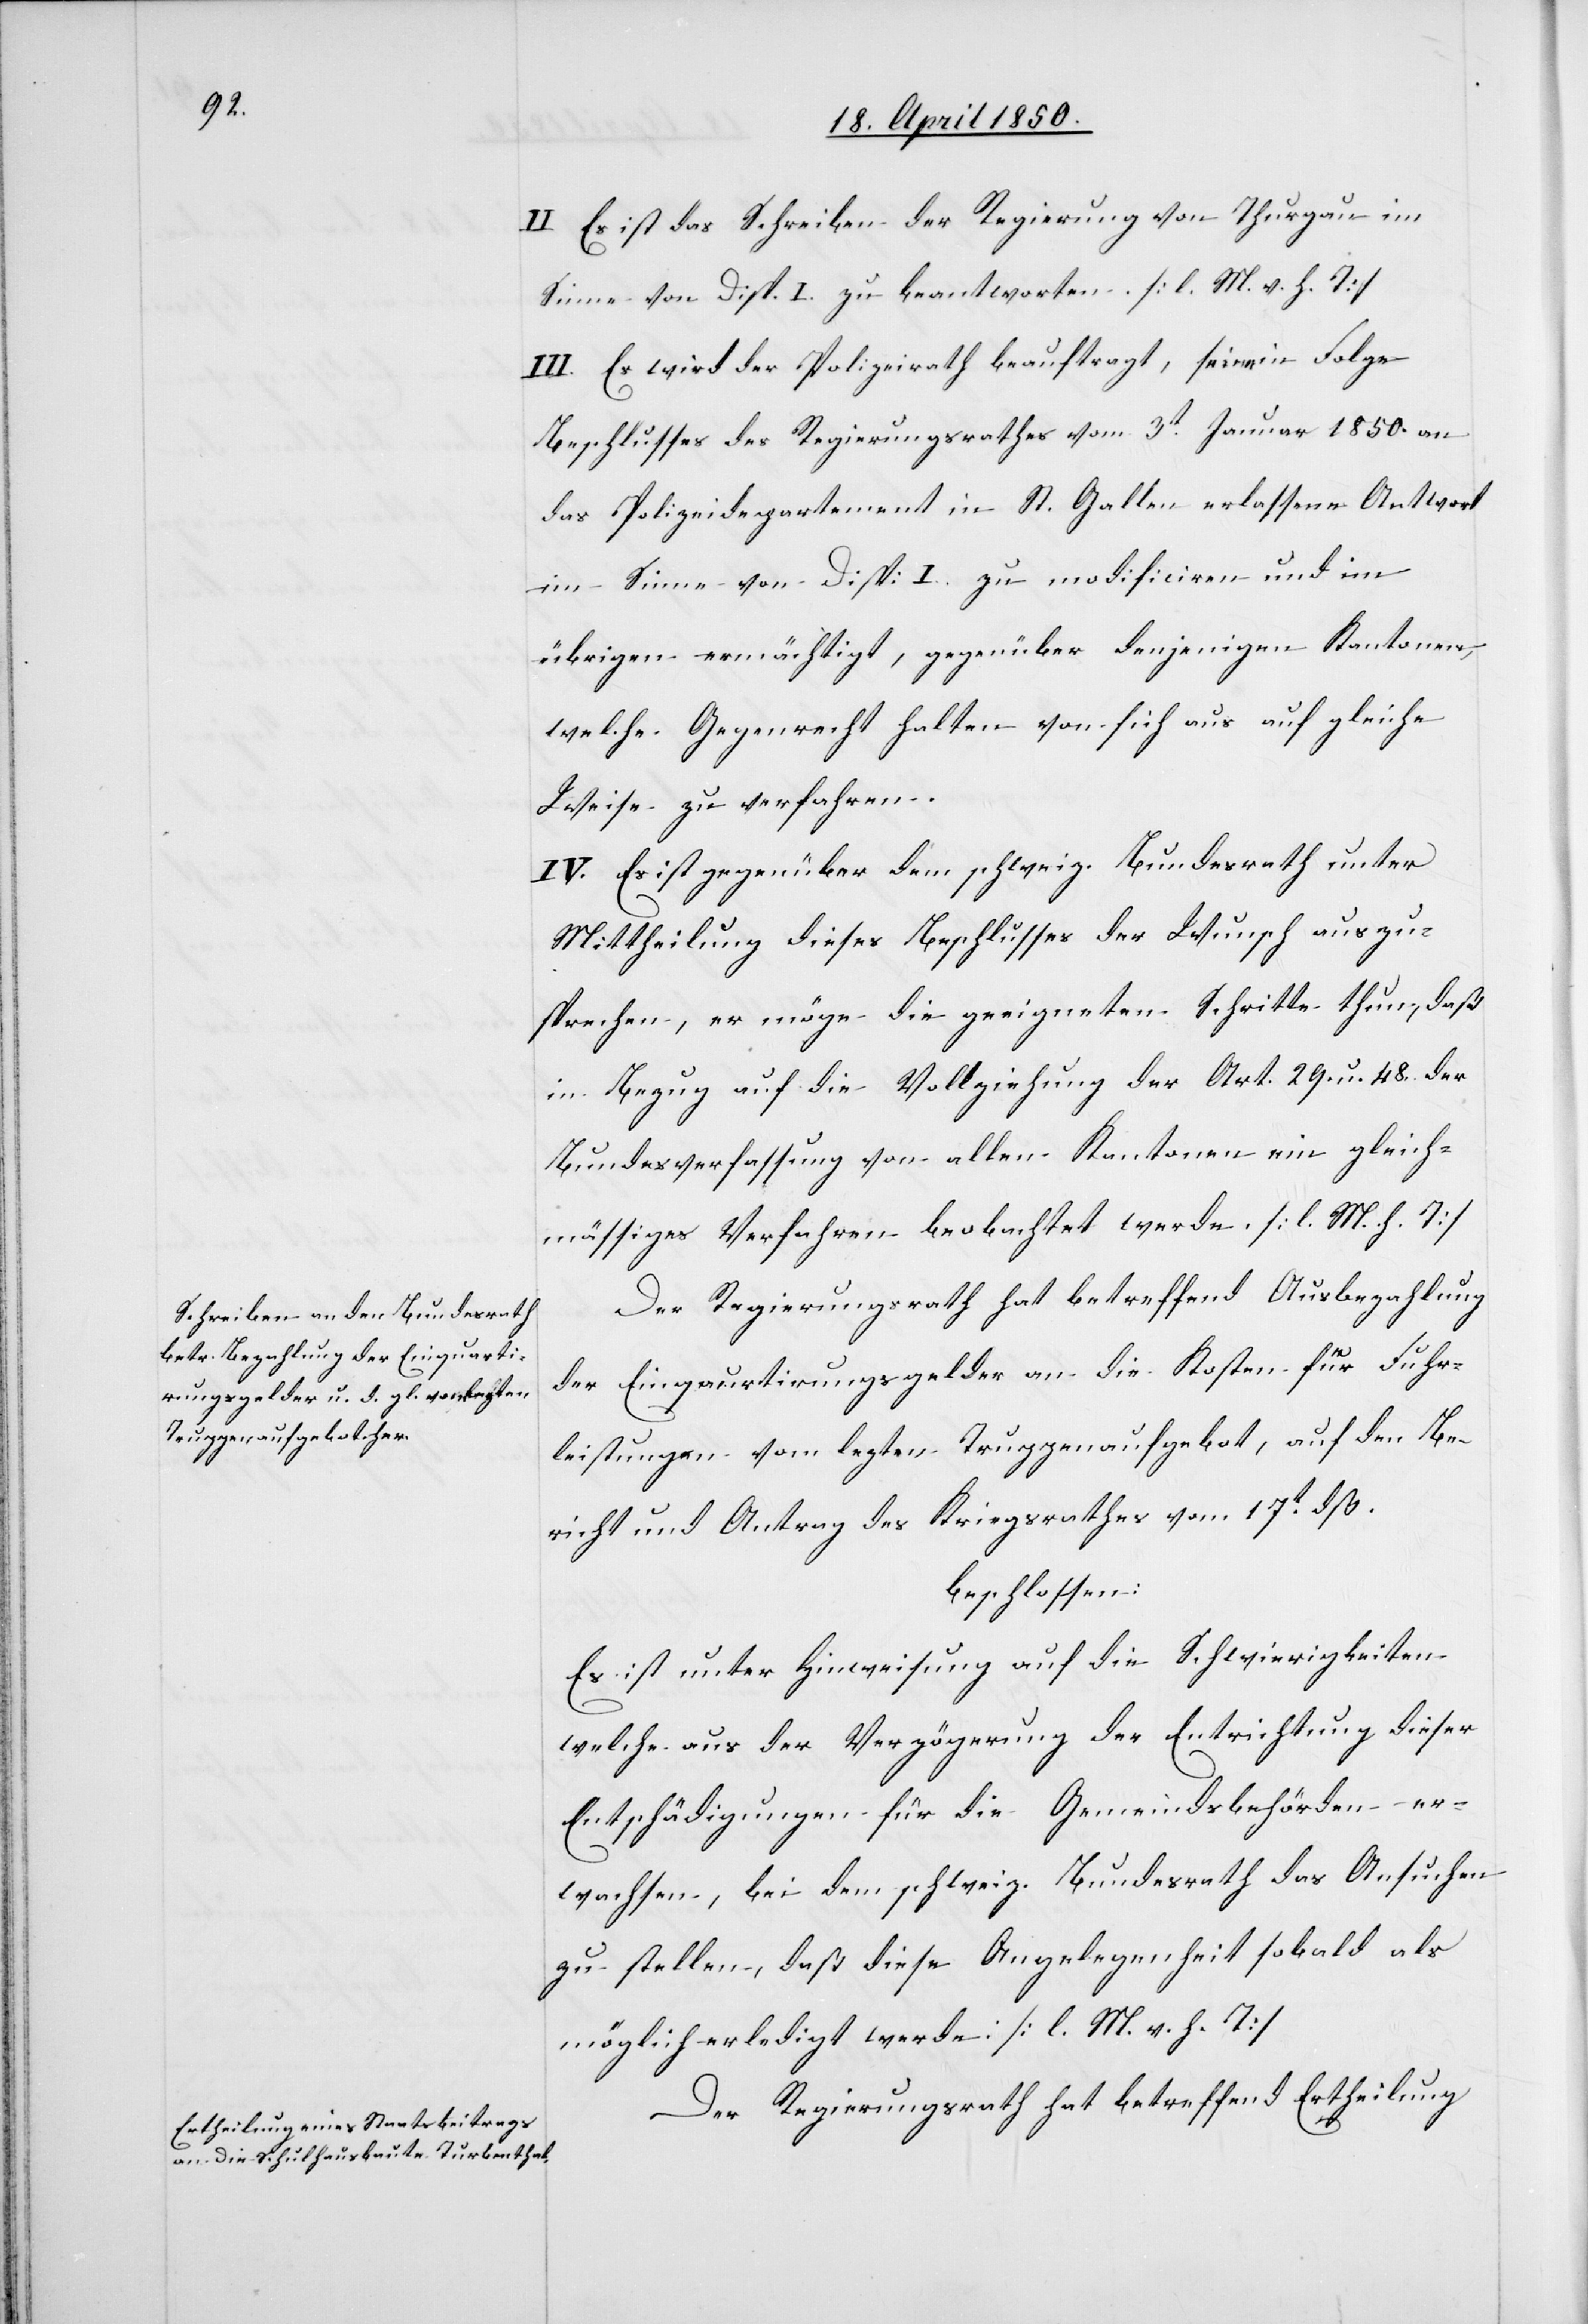
II. Es ist das Schreiben der Regierung von Thurgau im
Sinne von Disp. I. zu beantworten. [l. M. v. h. T]
III. Es wird der Polizeirath beauftragt, seine in Folge
Beschlusses des Regierungsrathes vom 3t Januar 1850. an
das Polizeidepartement in St. Gallen erlassene Antwort
im Sinne von Disp: I. zu modificiren und im
übrigen ermächtigt, gegenüber denjenigen Kantonen,
welche Gegenrecht halten von sich aus auf gleiche
Weise zu verfahren.
IV. Es ist gegenüber dem schweiz. Bundesrath unter
Mittheilung dieses Beschlusses der Wunsch auszu¬
sprechen, er möge die geeigneten Schritte thun, daß
in Bezug auf die Vollziehung der Art. 29. u. 48. der
Bundesverfassung von allen Kantonen ein gleich¬
mässiges Verfahren beobachtet werde. [l. M. h. T]
Der Regierungsrath hat betreffend Ausbezahlung
der Einquartirungsgelder an die Kosten für Fuhr¬
leistungen vom lezten Truppenaufgebot, auf den Be¬
richt und Antrag des Kriegsrathes vom 17t dß.
beschlossen:
Es ist unter Hinweisung auf die Schwierigkeiten
welche aus der Verzögerung der Entrichtung dieser
Entschädigungen für die Gemeindsbehörden er¬
wachsen, bei dem schweiz. Bundesrath das Ansuchen
zu stellen, daß diese Angelegenheit sobald als
möglich erledigt werde: [l. M. v. h. T]
Der Regierungsrath hat betreffend Ertheilung